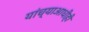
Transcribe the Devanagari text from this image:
यांच्याआधीही